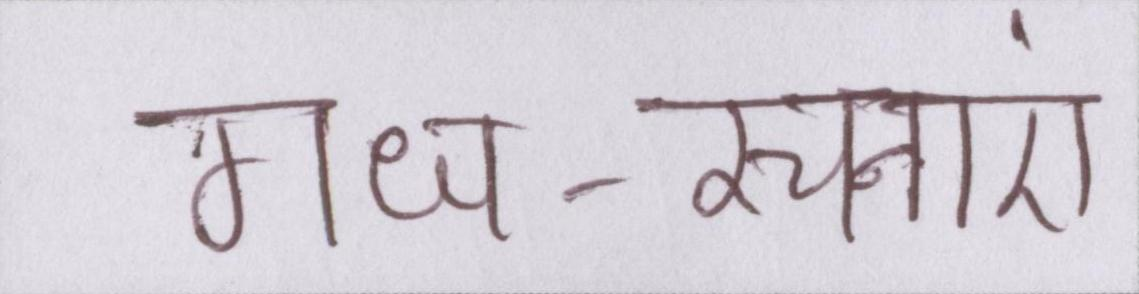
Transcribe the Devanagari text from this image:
गध-रचनाएं